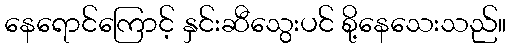
နေရောင်ကြောင့် နှင်းဆီသွေးပင် စို့နေသေးသည်။